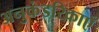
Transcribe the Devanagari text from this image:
अनुकंडरिकाएँ